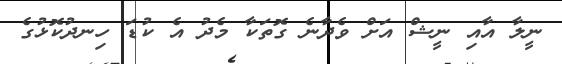
ނީލާ އާއި ނީޝް އަށް ވެދާނެ ގޮތަކާ މެދު އެ ކުޑަ ހިނދުކޮޅުގެ